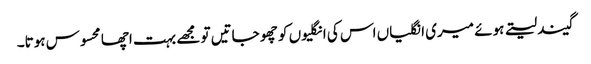
گیند لیتے ہوئے میری انگلیاں اس کی انگلیوں کو چھو جاتیں تو مجھے بہت اچھا محسوس ہوتا۔